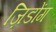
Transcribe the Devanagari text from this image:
ज़िडोंग